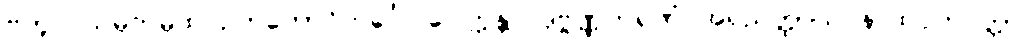
ဗဘူဝ သမ္ပကမ္ပထ ဥဘတောဝိဘင်္ဂေါ ဝေါက္ကန္တာ ဒုဗ္ဗဏ္ဏကရဏံ အရညတ္ထာယ နာထပ္ပဘဝတ္တာ